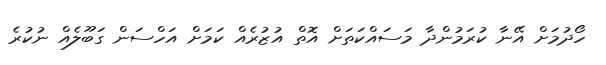
ހޯދުމަށް އޭނާ ކުރަމުންދާ މަސައްކަތަށް އޮތް އުޒުރެއް ކަމަށް އަހްސަން ގަބޫލެއް ނުކުރެ